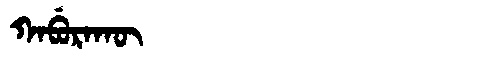
Manchu: ᡴᠠᠪᡠᡵᠠᡴᡡ
Romanization: KABURAKŪ